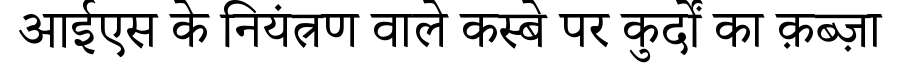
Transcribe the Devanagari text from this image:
आईएस के नियंत्रण वाले कस्बे पर कुर्दों का क़ब्ज़ा